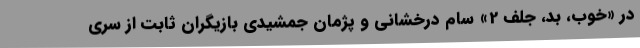
در «خوب، بد، جلف 2» سام درخشانی و پژمان جمشیدی بازیگران ثابت از سری